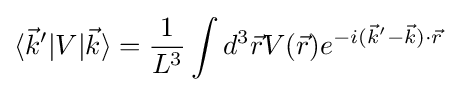
\langle {\vec {k}}'|V|{\vec {k}}\rangle ={\frac {1}{L^{3}}}\int d^{3}{\vec {r}}V({\vec {r}})e^{-i({\vec {k}}'-{\vec {k}})\cdot {\vec {r}}}